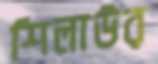
শিলাউর